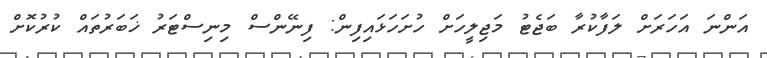
އަންނަ އަހަރަށް ލަފާކުރާ ބަޖެޓު މަޖިލީހަށް ހުށަހަޅައިފިން: ފިނޭންސް މިނިސްޓަރު ޚަބަރުތައް ކުރުކޮށް